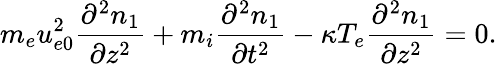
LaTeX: m_{e}u_{e0}^{2}\frac{\partial^{2}n_{1}}{\partial z^{2}}+m_{i}\frac{\partial^{2}n_{1}}{\partial t^{2}}-\kappa T_{e}\frac{\partial^{2}n_{1}}{\partial z^{2}}=0.